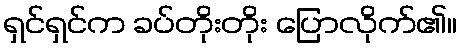
ရှင်ရှင်က ခပ်တိုးတိုး ပြောလိုက်၏။